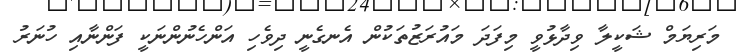
މަރިޔަމް ޝަކީލާ ވިދާޅުވީ މިފަދަ މައުރަޒުތަކުން އެނގެނީ ދިވެހި އަންހެނުންނަކީ ފަންނާއި ހުނަރު